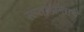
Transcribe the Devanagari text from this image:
सप्ताहान्ताचे